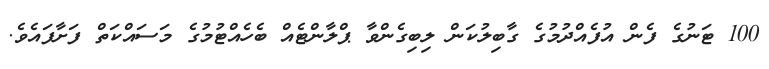
100 ޓަނުގެ ފެން އުފެއްދުމުގެ ގާބިލުކަން ލިބިގެންވާ ޕްލާންޓެއް ބެހެއްޓުމުގެ މަސައްކަތް ފަށާފައެވެ.